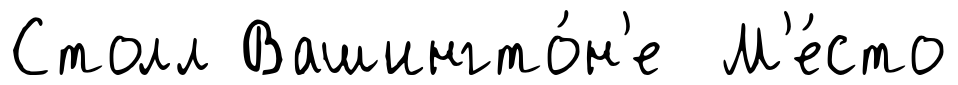
Столл Вашингто́н'е М'е́сто